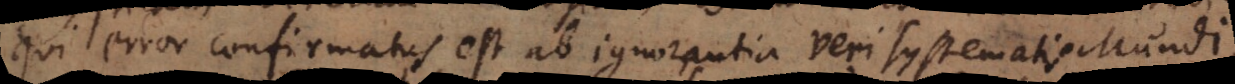
qui error confirmatus est ab ignorantia veri systematis mundi,